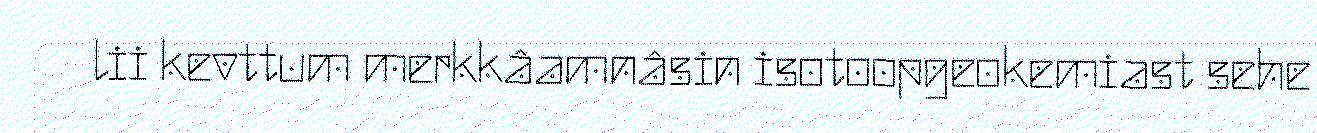
lii kevttum merkkâamnâsin isotoopgeokemiast sehe